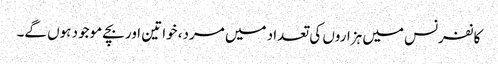
کانفرنس میں ہزاروں کی تعداد میں مرد، خواتین اور بچے موجود ہوں گے۔